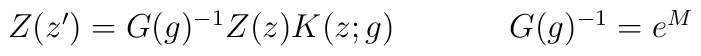
\begin{array}{cc}Z(z^{\prime})=G(g)^{-1}Z(z)K(z;g)~~~~&~~~~G(g)^{-1}=e^{M}\end{array}